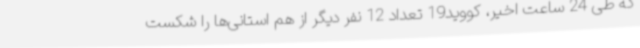
که طی 24 ساعت اخیر، کووید19 تعداد 12 نفر دیگر از هم استانی‌ها را شکست